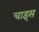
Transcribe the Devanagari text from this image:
चाइस